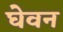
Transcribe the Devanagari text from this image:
घेवन